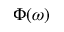
\Phi ( \omega )